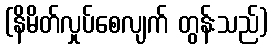
(နိမိတ်လှုပ်စေလျက် တွန်းသည်)